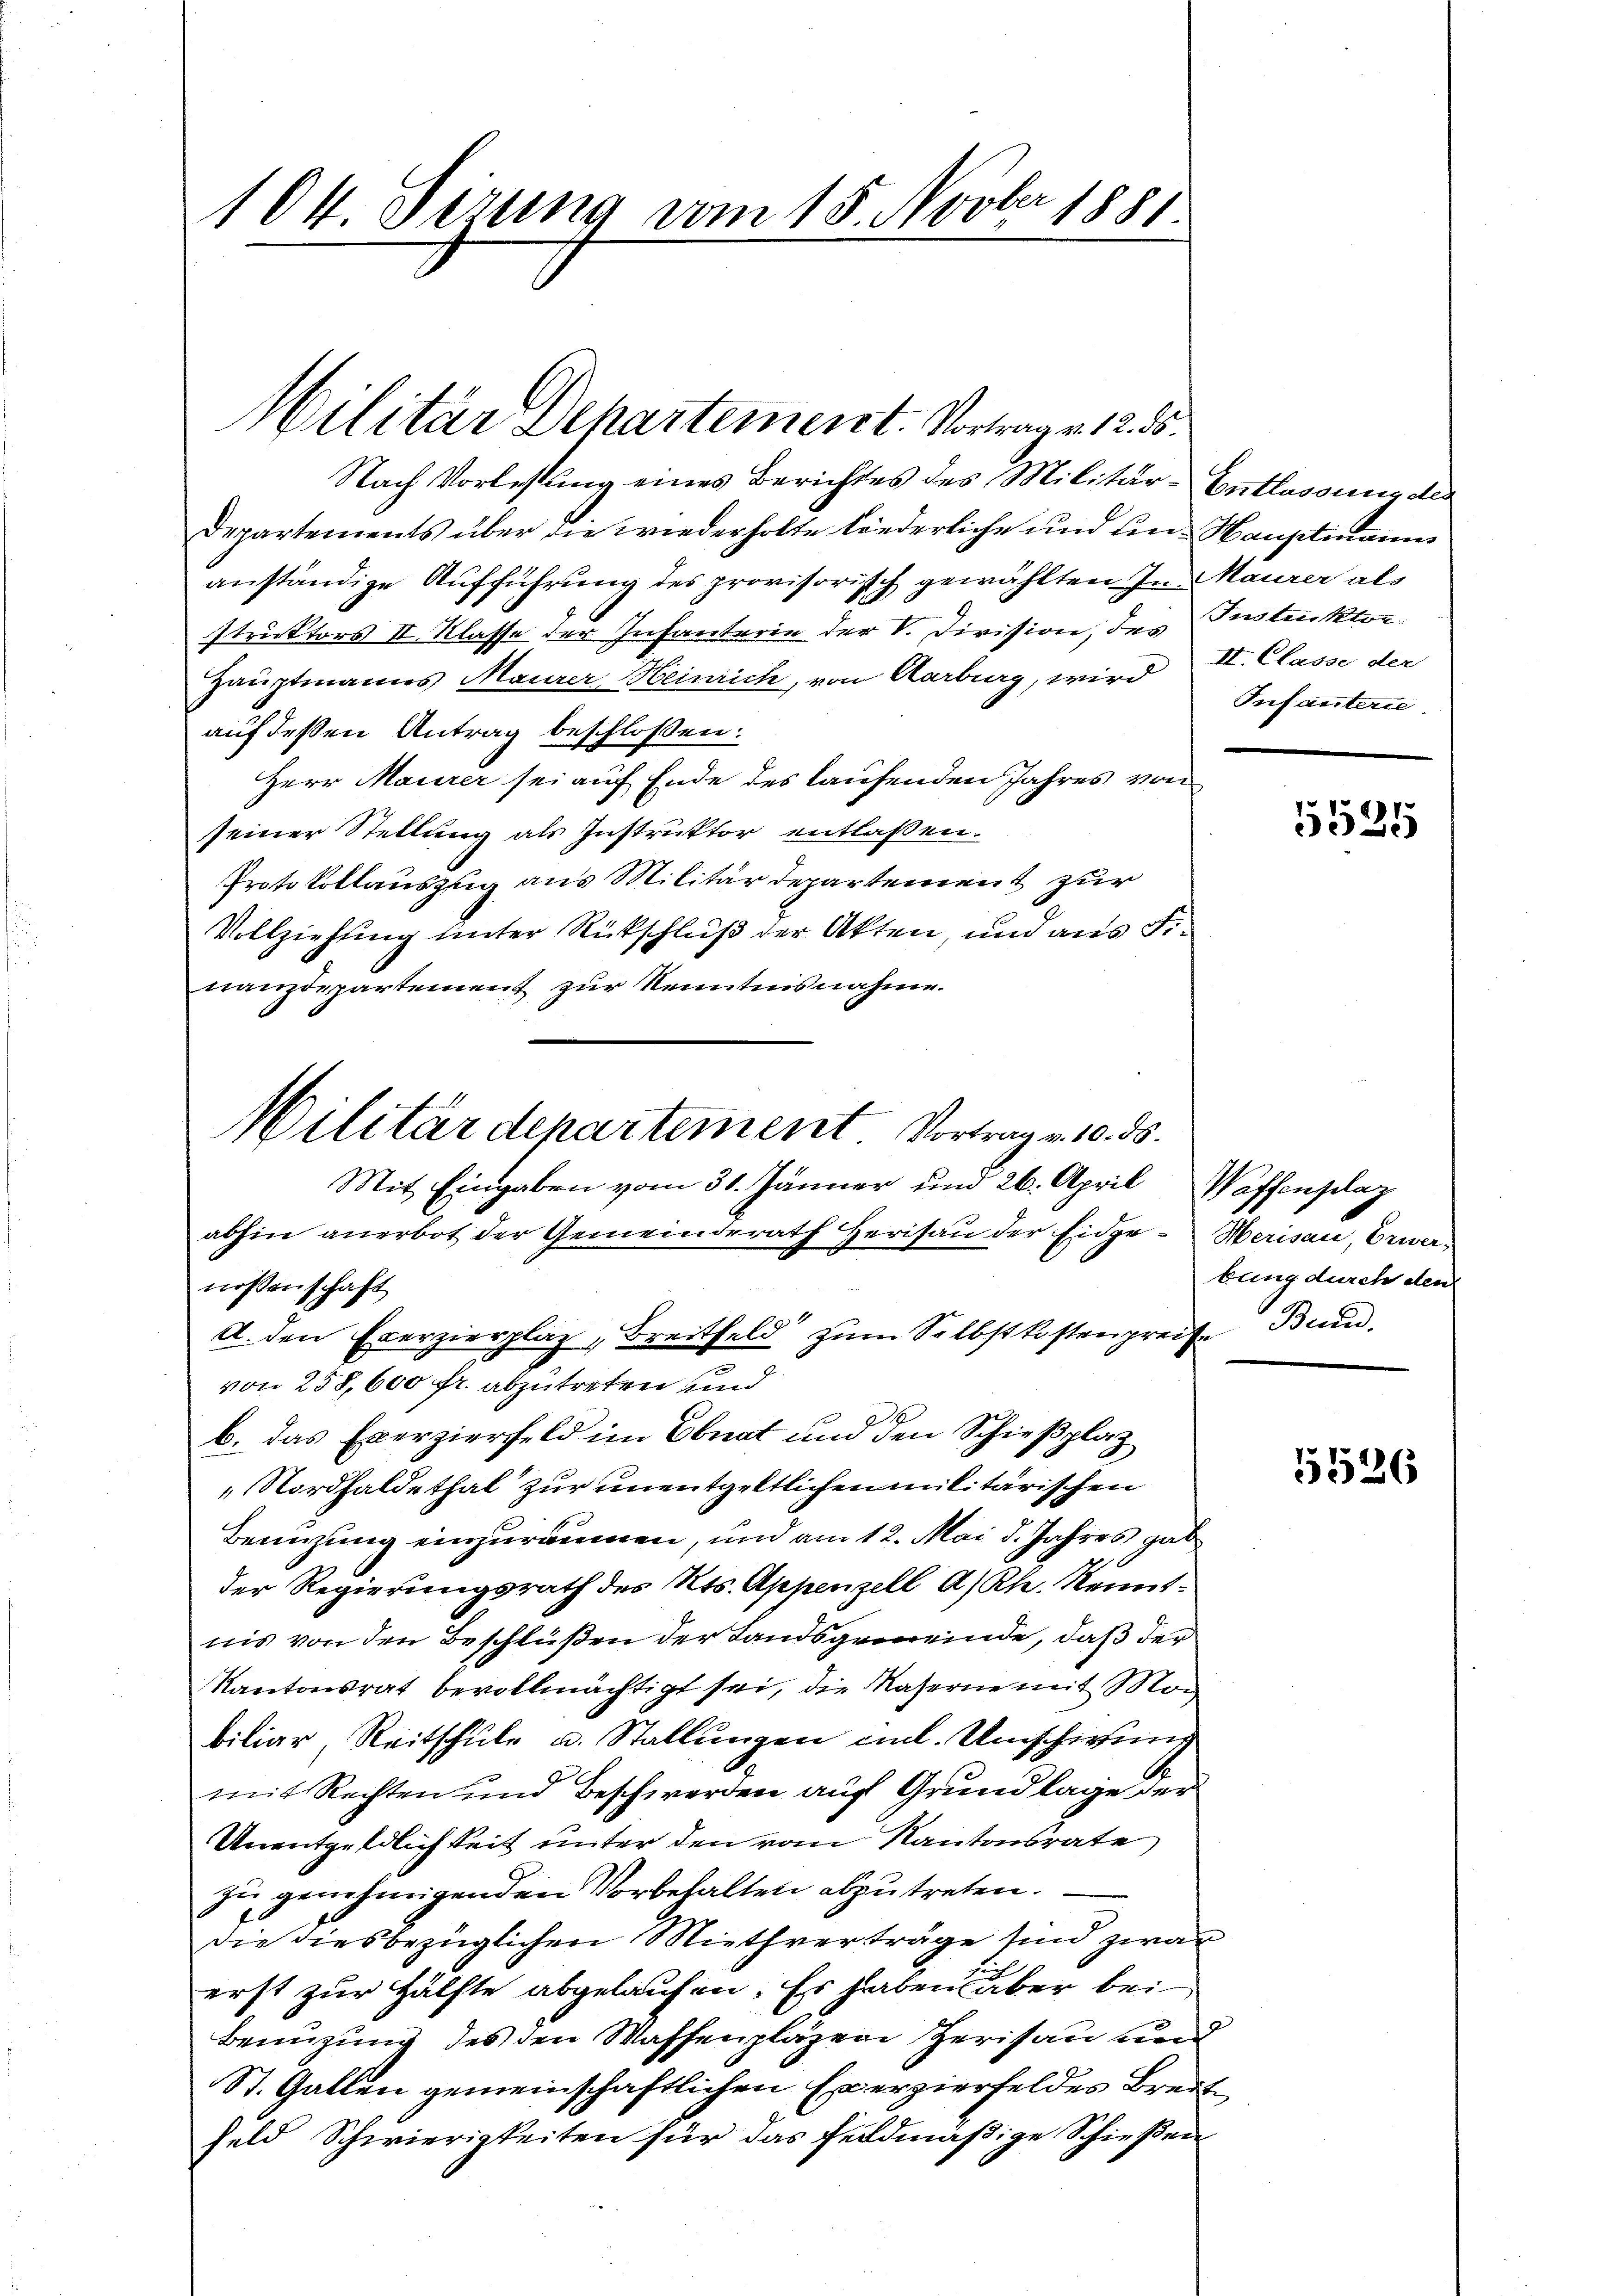
104. Gesung vom 15. Novbr 1881

Nach Vorlesung eines Berichtes des Militär-Entlassung des
Departements über die wiederholte liederliche und und Hauptmann
anständige Aufführung des provisorisch gewählten In Maurer als
struktors II. Klasse der Infanterin der V. Division, des Instruktor¬
Hauptmanns Maurer Heinrich, von Aarburg, wird II. Classe der
auf deßen Antrag beschlossen:
Herr Maurer sei auf Ende des laufenden Jahres von
seiner Stellung als Instruktor entlaßen.
Protokollauszug aus Militärdepartement zur
Vollziehung unter Rückschluß der Akten, und aus Finanzdepartement zur Kenntnisnahme.

Militär Dehartement. Vortrag v. 12. ds.

Militär denartement. Vortrag v. 10. ds.

Mit Eingaben vom 31. Jänner und 26. April
abhin anerbot der Gemeinderath Herisau der Eidge-Merisau, Erwernossenschaft
A. den Exerzierplaz, Breitfeld zum Selbstkostenpreise Bund
von 258,600 fr. abzutreten und
J.
b. das Exerzierfeld im Ebnat um den Schießplatz
Nordhaldethal zur unentgeltlichen militärischen
Benuzung einzuräumen, um am 12. Mai d. Jahres gab
der Regierungsrath des Kts. Appenzell A/Rh. Kenntnis von den Beschlüßen der Landsgemeinde, daß der
Kantonsrat bevollmächtigt sei, die Kaserne mit Mobiliar, Reitschule u. Stallungen mal. Umschirung
mit Rechten und Beschwerden auf Grundlage der
Unentgeldlichkeit unter den vom Kantonsrate
zu genehmigenden Vorbehalten abzutreten.
die diesbezüglichen Miethverträge sind zwar
erst zur Hälfte abgelaufen. Es haben aber bei
Benuzung des den Waffenplazer Zerisau und
St. Gallen gemeinschaftlichen Exerzierfeldes Breit
feld Schwierigkeiten für das Feldmäßige Schießen

Infanterte.

1525

Waffengelaz
bung durch den

5526